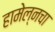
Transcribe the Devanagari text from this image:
हामेल्नचा